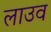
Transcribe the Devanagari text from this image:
लाउव